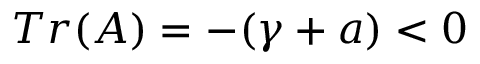
T r ( A ) = - ( \gamma + a ) < 0